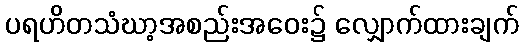
ပရဟိတသံဃာ့အစည်းအဝေး၌ လျှောက်ထားချက်